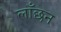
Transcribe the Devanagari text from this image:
लाँछन